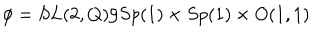
LaTeX: \phi = S L ( 2 , Q ) / S p ( 1 ) \times S p ( 1 ) \times O ( 1 , 1 )